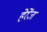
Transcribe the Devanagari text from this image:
हेरेंज